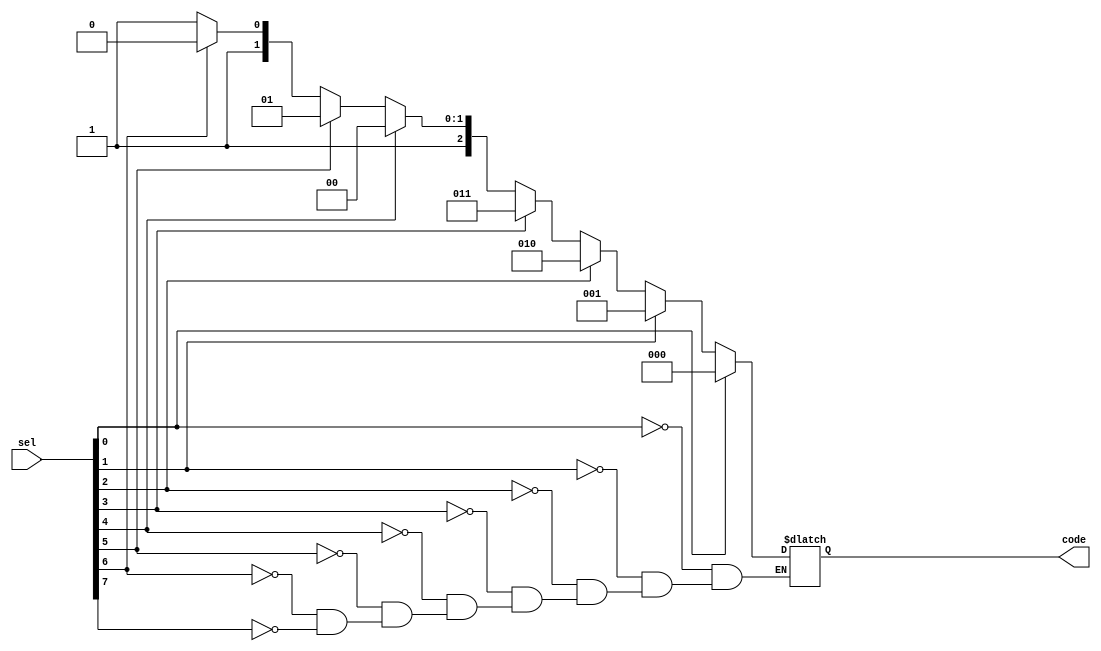
module priority_encoder ( code, sel );

output [2:0] code;
input [7:0] sel;

reg [2:0] code;

always @(sel)
	begin
		if 	(sel[0]) code <= 3'b000;
		else if (sel[1]) code <= 3'b001;
		else if (sel[2]) code <= 3'b010;
		else if (sel[3]) code <= 3'b011;
		else if (sel[4]) code <= 3'b100;
		else if (sel[5]) code <= 3'b101;
		else if (sel[6]) code <= 3'b110;
		else if (sel[7]) code <= 3'b111;
	end

endmodule 

module priority_encoder_stimulus();

wire [2:0]code;
reg [7:0] sel;

integer i; // for the counter to initialize the tests

priority_encoder p1( code, sel );

initial
	begin
		for (i=0;i<=7;i=i+1)
			begin
				#5 sel[i] = 0;
					
		end // for loop end
	end // begin-end

initial
	$monitor ($time, ": sel--%b----->code--%b",sel,code);
endmodule